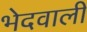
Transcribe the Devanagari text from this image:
भेदवाली